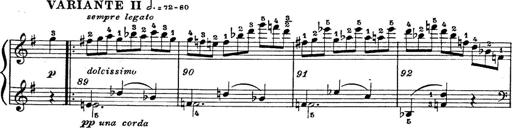
Title: 6 Polish Songs
Composer: Franz Liszt